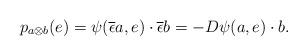
LaTeX: \begin{align*}p_{a\otimes b}( e ) = \psi (\overline{\epsilon} a , e ) \cdot \overline{\epsilon} b = - D \psi (a,e) \cdot b.\end{align*}